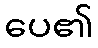
ပေ၏